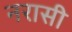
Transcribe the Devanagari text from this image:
नरासी